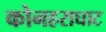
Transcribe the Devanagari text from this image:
कोनहराघाट